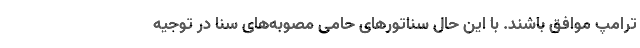
ترامپ موافق باشند. با این حال سناتورهای حامی مصوبه‌های سنا در توجیه